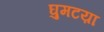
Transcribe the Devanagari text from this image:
घुमटय़ा